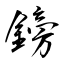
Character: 鎊